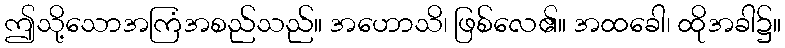
ဤသို့သောအကြံအစည်သည်။ အဟောသိ၊ ဖြစ်လေ၏။ အထခေါ၊ ထိုအခါ၌။